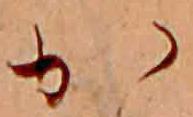
か